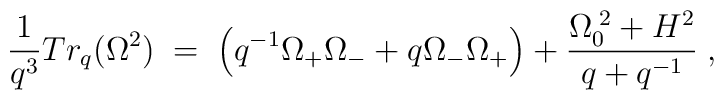
\frac{1}{q^{3}}Tr_{q}(\Omega^{2}) \; = \;\left( q^{-1}\Omega_{+}\Omega_{-} + q\Omega_{-}\Omega_{+} \right)+ \frac{\Omega^{\;2}_{0} + H^{2}}{q+q^{-1}} \; ,